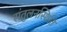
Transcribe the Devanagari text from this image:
संतुलनस्थिति